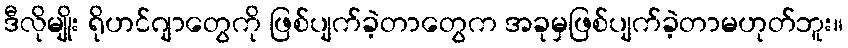
ဒီလိုမျိုး ရိုဟင်ဂျာတွေကို ဖြစ်ပျက်ခဲ့တာတွေက အခုမှဖြစ်ပျက်ခဲ့တာမဟုတ်ဘူး။